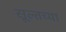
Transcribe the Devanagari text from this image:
सूल्तच्या